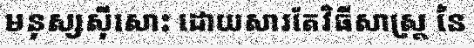
មនុស្សស៊ីសោះ ដោយសារតែវិធីសាស្ត្រ នៃ